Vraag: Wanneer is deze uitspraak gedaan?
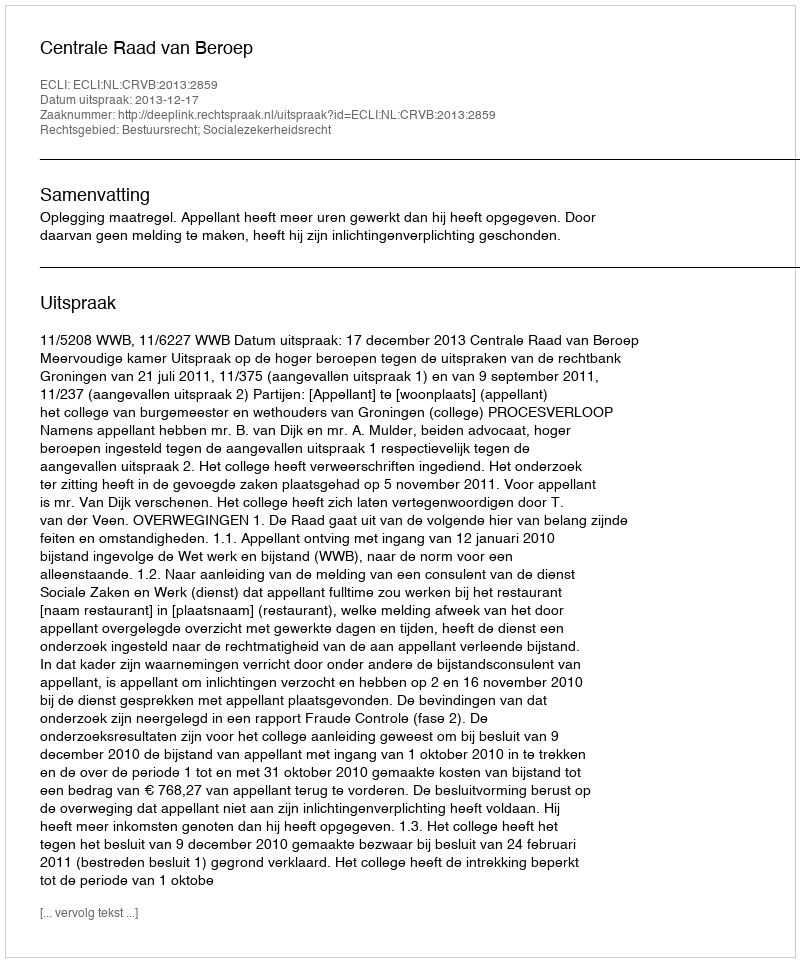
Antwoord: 2013-12-17